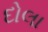
દોલા